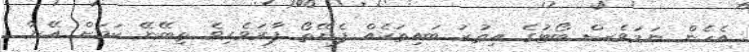
އެހެން ނަމަވެސް ބޯޓުގެ އިތުރު ބައިތަކެއް ފެނޭތޯ ފާރަވެރިވެ ތިބޭނޭ ކަމަށް އޭނާ